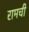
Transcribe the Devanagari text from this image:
रामची